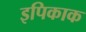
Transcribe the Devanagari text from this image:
इपिकाक